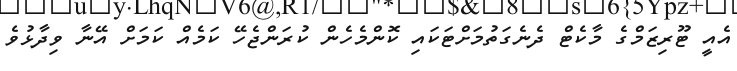
އެއީ ޓޫރިޒަމްގެ މާކެޓް ދެނެގަތުމަށްޓަކައި ކޮންމެހެން ކުރަންޖެހޭ ކަމެއް ކަމަށް އޭނާ ވިދާޅުވެ